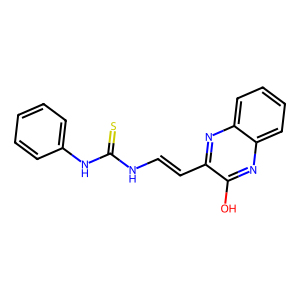
SMILES: Oc1nc2ccccc2nc1C=CNC(=S)Nc1ccccc1
Inhibits HIV replication: No